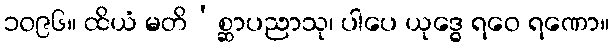
၁၀၉၆။ ထိယံ မတိ’စ္ဆာပညာသု၊ ပါပေ ယုဒ္ဓေ ရဝေ ရဏော။